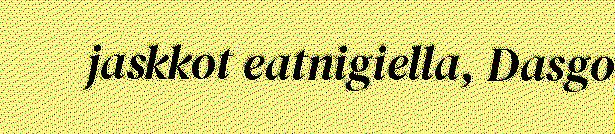
jaskkot eatnigiella, Dasgo